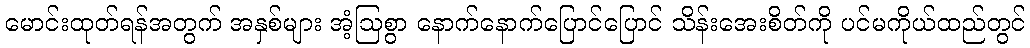
မောင်းထုတ်ရန်အတွက် အနှစ်များ အံ့ဩစွာ နောက်နောက်ပြောင်ပြောင် သိန်းအေးစိတ်ကို ပင်မကိုယ်ထည်တွင်